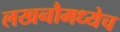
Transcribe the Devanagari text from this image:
लखनौमध्येच